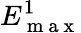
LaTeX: E_{\mathrm{~m~a~x~}}^{1}